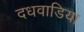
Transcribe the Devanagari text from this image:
दधवाडिया